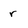
Character: r